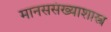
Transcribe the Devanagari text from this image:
मानससंख्याशास्त्र